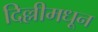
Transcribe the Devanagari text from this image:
दिल्लीमधून